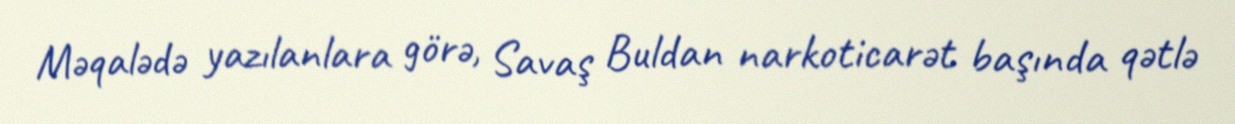
Məqalədə yazılanlara görə, Savaş Buldan narkoticarət başında qətlə